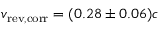
v _ { \mathrm { r e v , c o r r } } = ( 0 . 2 8 \pm 0 . 0 6 ) c